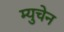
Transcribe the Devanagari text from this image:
म्युचेन